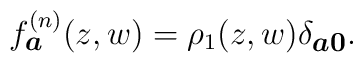
f^{(n)}_{\mbox{\footnotesize\boldmath $a$}}(z,w) =\rho_1 (z,w)\delta _{\mbox{\footnotesize\boldmath $a0$}}.